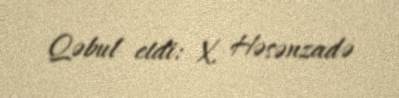
Qəbul etdi: X. Həsənzadə